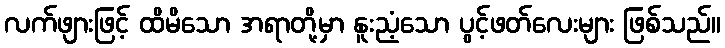
လက်ဖျားဖြင့် ထိမိသော အရာတို့မှာ နူးညံ့သော ပွင့်ဖတ်လေးများ ဖြစ်သည်။